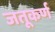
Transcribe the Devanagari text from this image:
जतूकर्ण